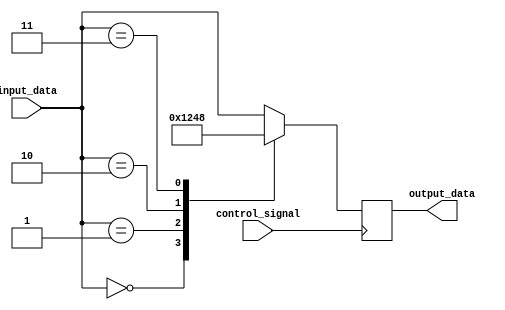
module voltage_level_shifter (
    input wire [3:0] input_data, 
    output wire [3:0] output_data,
    input wire control_signal
);

reg [3:0] shifted_data;

always @ (posedge control_signal) begin
    if (control_signal) begin
        case (input_data)
            4'd0: shifted_data <= 4'b0001;
            4'd1: shifted_data <= 4'b0010;
            4'd2: shifted_data <= 4'b0100;
            4'd3: shifted_data <= 4'b1000;
            default: shifted_data <= input_data;
        endcase
    end
end

assign output_data = shifted_data;

endmodule